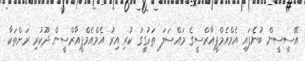
އޭސީސީން ބުނެފައި އެމްއެމްޕީއާރްސީގެ މައްސަލަ ތަހުގީގު ކުރި އިރު އެމްއެމްޕީއާރްސީން ދޫކުރި ރަށްތަކާ